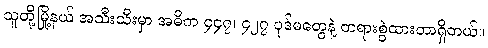
သူတို့မြို့နယ် အသီးသီးမှာ အဓိက ၄၄၇၊ ၄၂၇ ပုဒ်မတွေနဲ့ တရားစွဲထားတာရှိတယ်။